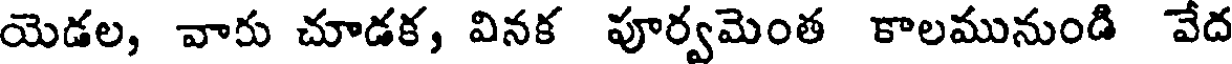
యెడల, వారు చూడక, వినక పూర్వమెంత కాలమునుండి వేద